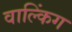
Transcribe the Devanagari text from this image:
वाल्किंग